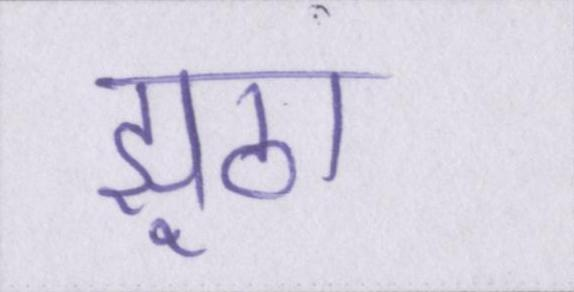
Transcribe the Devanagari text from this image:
झूठा